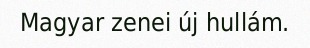
Magyar zenei új hullám.